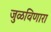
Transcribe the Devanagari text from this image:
जुळविणारा